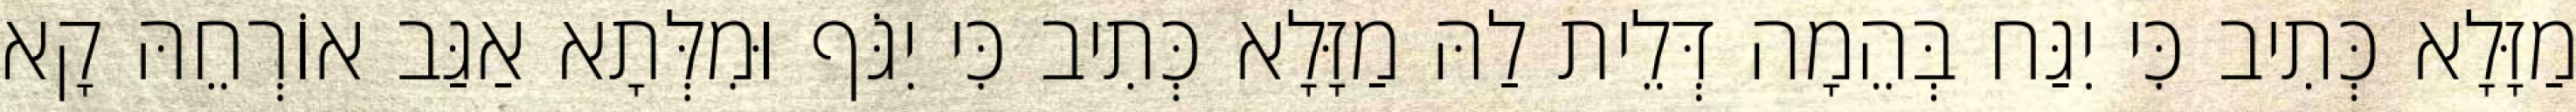
מַזָּלָא כְּתִיב כִּי יִגַּח בְּהֵמָה דְּלֵית לַהּ מַזָּלָא כְּתִיב כִּי יִגֹּף וּמִלְּתָא אַגַּב אוֹרְחֵהּ קָא